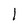
Character: l